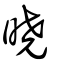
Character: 曉